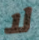
لا